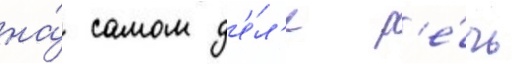
на́ самом д'е́л'е р'е́чь